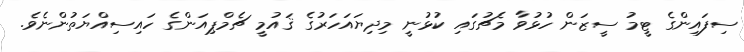
ސިފައިންގެ ޓީމު ސީޒަން ހުޅުވާ މެޗުގައި ކުޅުނީ މިދިޔައަހަރުގެ ޤައުމީ ޗެމްޕިއަންގެ ހައިސިއްޔަތުންނެވެ.